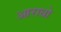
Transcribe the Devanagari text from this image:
आराधो